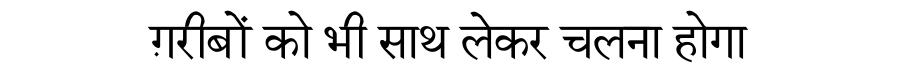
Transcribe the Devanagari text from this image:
ग़रीबों को भी साथ लेकर चलना होगा